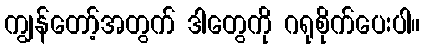
ကျွန်တော့်အတွက် ဒါတွေကို ဂရုစိုက်ပေးပါ။